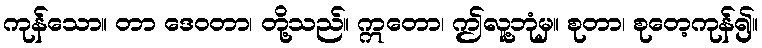
ကုန်သော။ တာ ဒေဝတာ၊ တို့သည်။ ဣတော၊ ဤလူ့ဘုံမှ။ စုတာ၊ စုတေ့ကုန်၍။